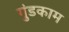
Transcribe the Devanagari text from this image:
गुंडकाम